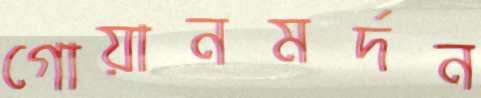
গোয়ানমর্দন